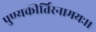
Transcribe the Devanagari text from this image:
पुण्यकीर्तिरनामयः।।